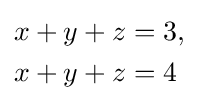
{\begin{aligned}x+y+z&=3,\\x+y+z&=4\end{aligned}}